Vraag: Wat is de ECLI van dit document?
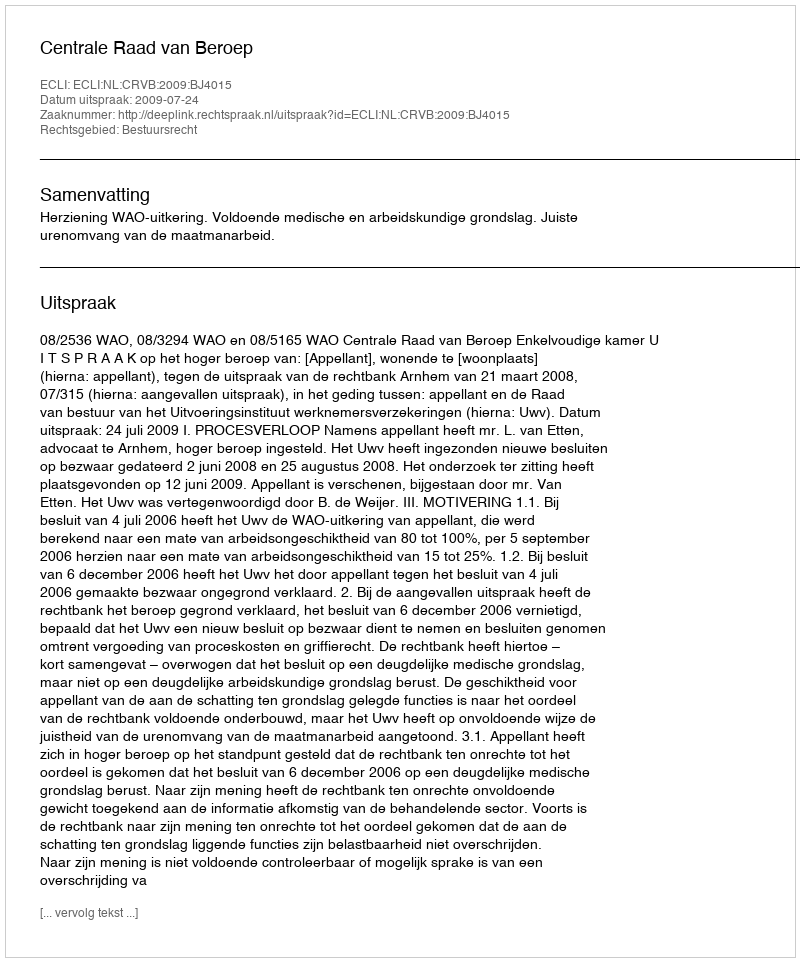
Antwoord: ECLI:NL:CRVB:2009:BJ4015